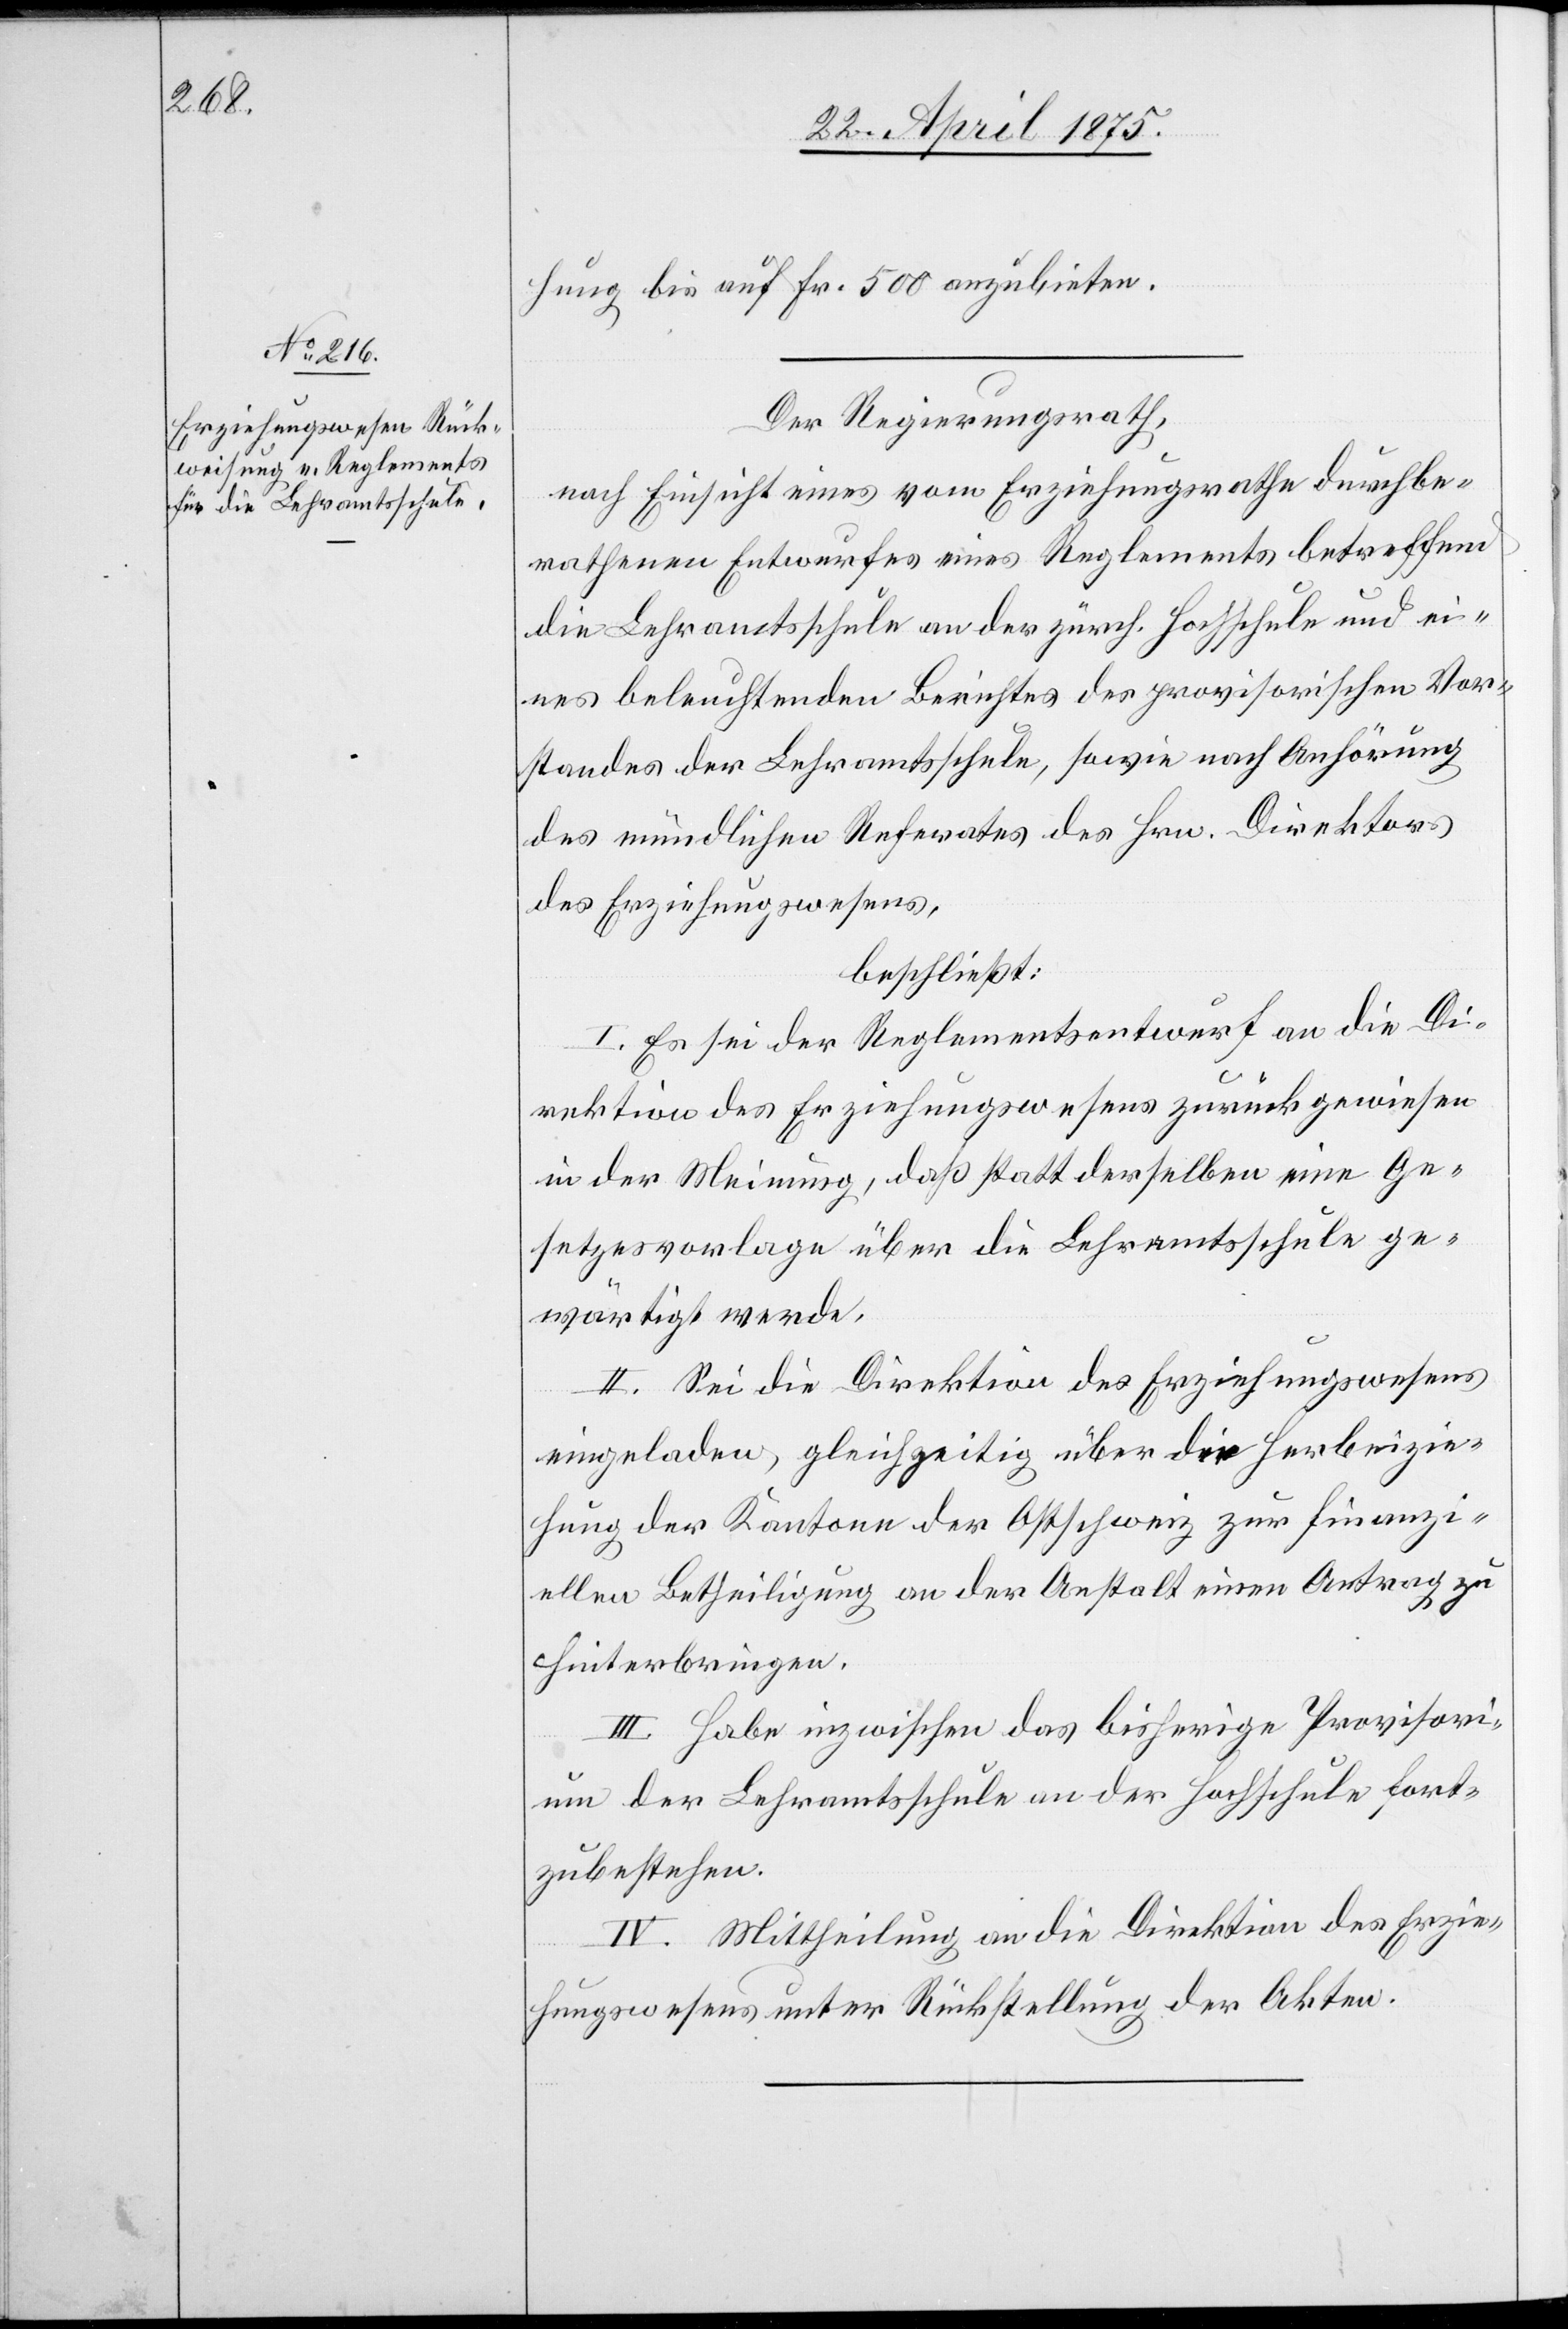
hung bis auf Fr. 500 anzuleiten.
Der Regierungsrath,
nach Einsicht eines vom Erziehungsrathe durchbe¬
rathenen Entwurfes eines Reglements betreffend
die Lehramtsschule an der zürch. Hochschule und ei¬
nes beleuchtenden Berichtes des provisorischen Vor¬
standes der Lehramtsschule, sowie nach Anhörung
des mündlichen Referates des Hrn. Direktors
des Erziehungswesens,
beschließt:
I. Es sei der Reglemententwurf an die Di¬
rektion des Erziehungswesens zurückgewiesen
in der Meinung, daß statt derselben eine Ge¬
setzesvorlage über die Lehramtsschule ge¬
wärtigt werde.
II. Sei die Direktion des Erziehungswesens
eingeladen, gleichzeitig über die Herbeizie¬
hung der Kantone der Ostschweiz zur finanzi¬
ellen Betheiligung an der Anstalt einen Antrag zu
hinterbringen.
III. Habe inzwischen das bisherige Provisori¬
um der Lehramtsschule an der Hochschule fort¬
zubestehen.
IV. Mittheilung an die Direktion des Erzie¬
hungswesens unter Rückstellung der Akten.